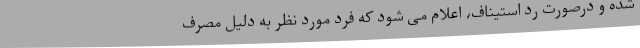
شده و درصورت رد استیناف، اعلام می شود که فرد مورد نظر به دلیل مصرف